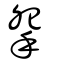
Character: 𢪸